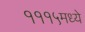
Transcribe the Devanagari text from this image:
१११५मध्ये